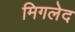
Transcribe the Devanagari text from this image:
मिगलेद